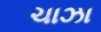
ચાઝા